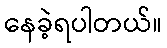
နေခဲ့ရပါတယ်။